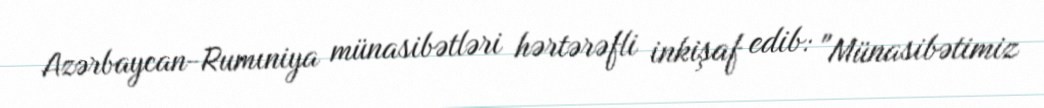
Azərbaycan-Rumıniya münasibətləri hərtərəfli inkişaf edib: "Münasibətimiz